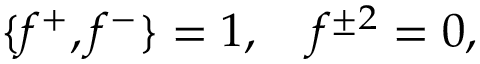
\{ f ^ { + } , f ^ { - } \} = 1 , \quad f ^ { \pm 2 } = 0 ,